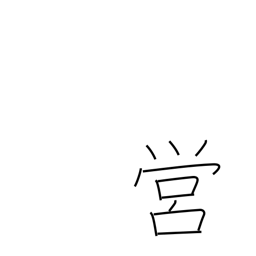
Meaning: camp